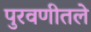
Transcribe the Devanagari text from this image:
पुरवणीतले